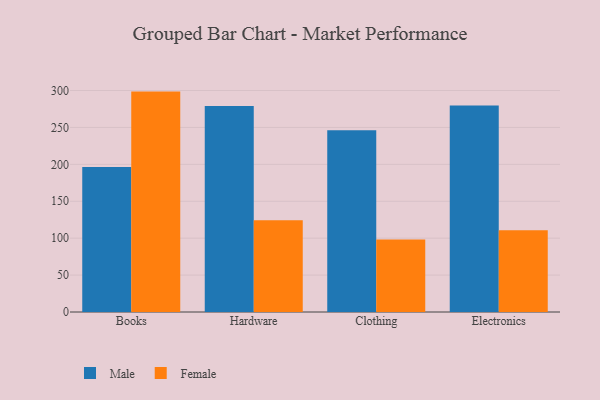
{"axis": {"x": "Category", "y": "Gross Profit (USD K)"}, "legend": ["Female", "Male"], "data": [{"x": "Books", "y": 196.3, "type": "Male"}, {"x": "Books", "y": 298.5, "type": "Female"}, {"x": "Hardware", "y": 279.1, "type": "Male"}, {"x": "Hardware", "y": 124.4, "type": "Female"}, {"x": "Clothing", "y": 246.1, "type": "Male"}, {"x": "Clothing", "y": 98.3, "type": "Female"}, {"x": "Electronics", "y": 279.8, "type": "Male"}, {"x": "Electronics", "y": 110.8, "type": "Female"}]}